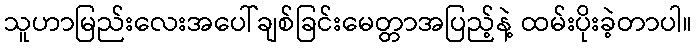
သူဟာမြည်းလေးအပေါ်ချစ်ခြင်းမေတ္တာအပြည့်နဲ့ ထမ်းပိုးခဲ့တာပါ။